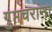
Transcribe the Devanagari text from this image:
गुप्तचरांना